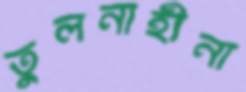
তুলনাহীনা